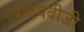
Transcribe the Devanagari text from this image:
एसएचबीजी